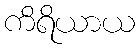
ကိရိယာယ